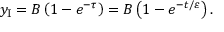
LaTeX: y _ { \mathrm { I } } = B \left( { 1 - e ^ { - \tau } } \right) = B \left( { 1 - e ^ { - t / \varepsilon } } \right) .